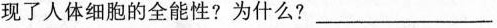
现了人体细胞的全能性?为什么?___